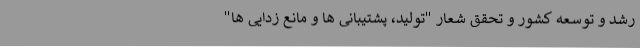
رشد و توسعه کشور و تحقق شعار "تولید، پشتیبانی ها و مانع زدایی ها"